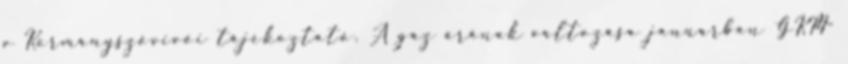
v Kormányszóvivői tájékoztató. A gáz árának változása januárban GKM-